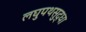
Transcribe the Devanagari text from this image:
लघुपथसुद्धा